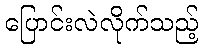
ပြောင်းလဲလိုက်သည့်